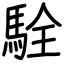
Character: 駩